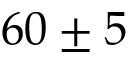
6 0 \pm 5